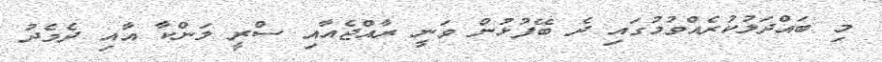
މި ބައްދަލުކުރެއްވުމުގައި ދެ ބޭފުޅުން ވަނީ ރާއްޖެއާއި ސްރީ ލަންކާ އާއި ދެމެދު